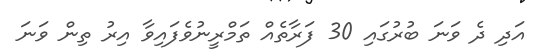
އަދި ދެ ވަނަ ބުރުގައި 30 ފަރާތެއް ތަމްރީނުވެފައިވާ އިރު ތިން ވަނަ